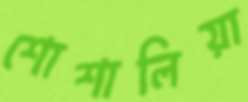
শোশালিয়া